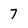
Character: 7